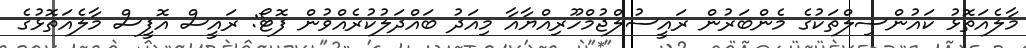
މާލެއަތޮޅު ކައުންސިލްތަކުގެ މެންބަރުން ރައީސުލްޖުމްހޫރިއްޔާއާ މިއަދު ބައްދަލުކުރެއްވުން ފޮޓޯ: ރައީސް އޮފީސް މާލެއަތޮޅުގެ